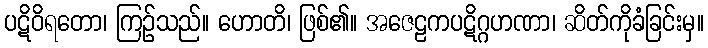
ပဋိဝိရတော၊ ကြဉ်သည်။ ဟောတိ၊ ဖြစ်၏။ အဇေဠကပဋိဂ္ဂဟဏာ၊ ဆိတ်ကိုခံခြင်းမှ။